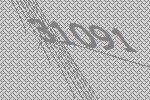
31091